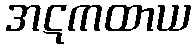
အဋကထာယ